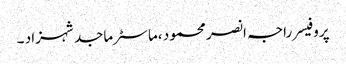
پروفیسر راجہ انصر محمود ،ماسٹر ماجد شہزاد ۔